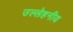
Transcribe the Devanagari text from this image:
उल्लेहनीय